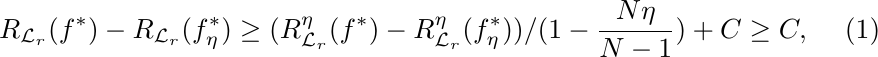
\begin{equation}
   R_{\mathcal{L}_r}(f^*) - R_{\mathcal{L}_r}(f^*_\eta)\ge  (R^\eta_{\mathcal{L}_r}(f^*) - R^\eta_{\mathcal{L}_r}(f^*_\eta))/(1-\frac{N\eta}{N-1}) + C \ge  C,
\label{eq_b2}
\end{equation}